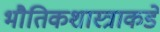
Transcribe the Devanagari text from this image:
भौतिकशास्त्राकडे